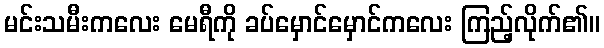
မင်းသမီးကလေး မေရီကို ခပ်မှောင်မှောင်ကလေး ကြည့်လိုက်၏။